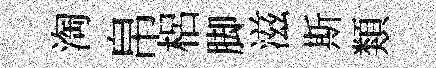
淘帛梠脚滋斯類